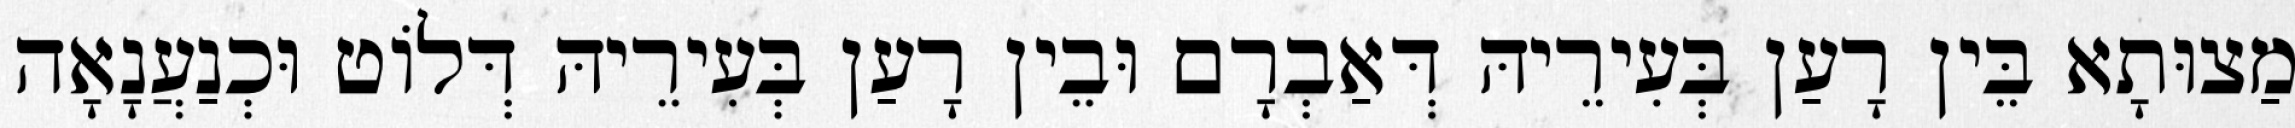
מַצוּתָא בֵּין רָעַן בְּעִירֵיהּ דְּאַבְרָם וּבֵין רָעַן בְּעִירֵיהּ דְּלוֹט וּכְנַעֲנָאָה